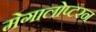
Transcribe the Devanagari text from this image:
मेगालोप्टरन